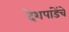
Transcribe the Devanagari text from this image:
देशपांडेंचे